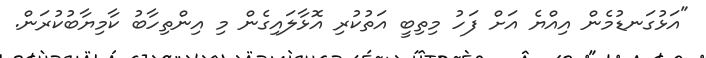
"އަޅުގަނޑުމެން އިއްޔެ އަށް ފަހު މިތިބީ އަތުކުރި އޮޅާލައިގެން މި އިންތިހާބު ކާމިޔާބުކުރަން.